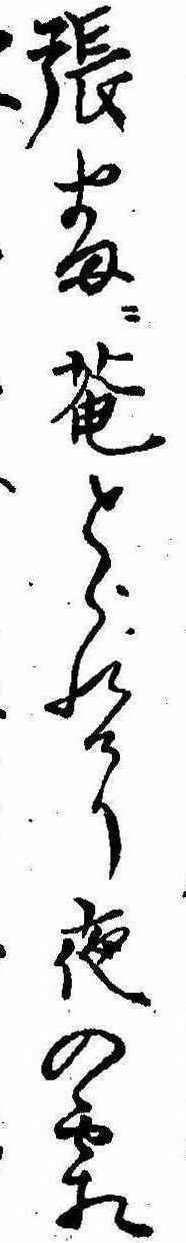
張番に庵とられけり夜の霜